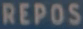
REPOS